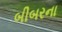
બીબરના